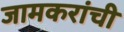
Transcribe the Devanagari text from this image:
जामकरांची